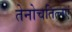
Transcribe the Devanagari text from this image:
तेनोचतित्लएं